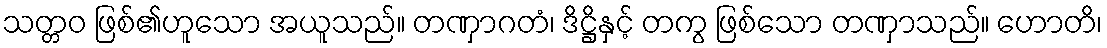
သတ္တဝ ဖြစ်၏ဟူသော အယူသည်။ တဏှာဂတံ၊ ဒိဋ္ဌိနှင့် တကွ ဖြစ်သော တဏှာသည်။ ဟောတိ၊